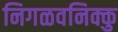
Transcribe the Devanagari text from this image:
निगळवनिक्कु